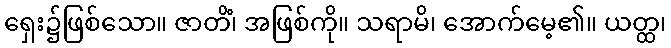
ရှေး၌ဖြစ်သော။ ဇာတိံ၊ အဖြစ်ကို။ သရာမိ၊ အောက်မေ့၏။ ယတ္ထ၊